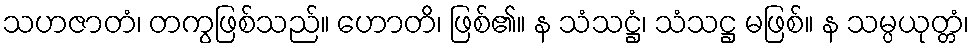
သဟဇာတံ၊ တကွဖြစ်သည်။ ဟောတိ၊ ဖြစ်၏။ န သံသဋ္ဌံ၊ သံသဋ္ဌ မဖြစ်။ န သမ္ပယုတ္တံ၊